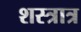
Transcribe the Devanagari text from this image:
शस्त्रात्र